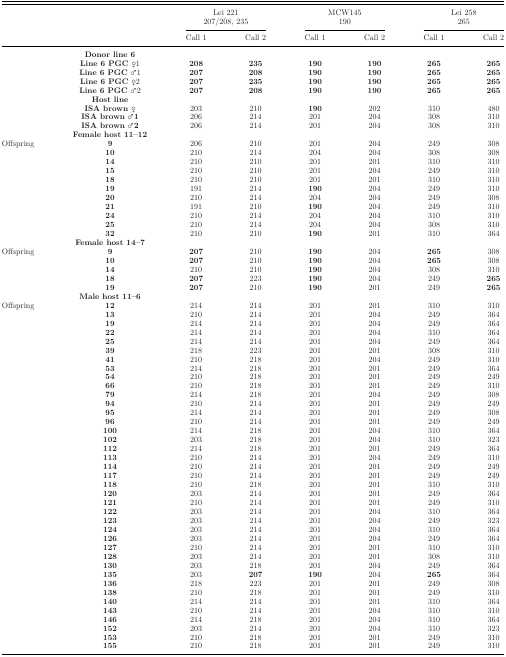
<table><thead><tr><td>[EMPTY_CELL]</td><td>[EMPTY_CELL]</td><td colspan="2"><b>Lei 221</b></td><td colspan="2"><b>MCW145</b></td><td colspan="2"><b>Lei 258</b></td></tr><tr><td>[EMPTY_CELL]</td><td>[EMPTY_CELL]</td><td colspan="2"><b>207/208, 235</b></td><td colspan="2"><b>190</b></td><td colspan="2"><b>265</b></td></tr><tr><td>[EMPTY_CELL]</td><td>[EMPTY_CELL]</td><td><b>Call 1</b></td><td><b>Call 2</b></td><td><b>Call 1</b></td><td><b>Call 2</b></td><td><b>Call 1</b></td><td><b>Call 2</b></td></tr></thead><tbody><tr><td>[EMPTY_CELL]</td><td><b>Donor line 6</b></td><td>[EMPTY_CELL]</td><td>[EMPTY_CELL]</td><td>[EMPTY_CELL]</td><td>[EMPTY_CELL]</td><td>[EMPTY_CELL]</td><td>[EMPTY_CELL]</td></tr><tr><td>[EMPTY_CELL]</td><td><b>Line 6 PGC ♀</b>1</td><td><b>208</b></td><td><b>235</b></td><td><b>190</b></td><td><b>190</b></td><td><b>265</b></td><td><b>265</b></td></tr><tr><td>[EMPTY_CELL]</td><td><b>Line 6 PGC</b> ♂1</td><td><b>207</b></td><td><b>208</b></td><td><b>190</b></td><td><b>190</b></td><td><b>265</b></td><td><b>265</b></td></tr><tr><td>[EMPTY_CELL]</td><td><b>Line 6 PGC ♀</b>2</td><td><b>207</b></td><td><b>235</b></td><td><b>190</b></td><td><b>190</b></td><td><b>265</b></td><td><b>265</b></td></tr><tr><td>[EMPTY_CELL]</td><td><b>Line 6 PGC</b> ♂2</td><td><b>207</b></td><td><b>208</b></td><td><b>190</b></td><td><b>190</b></td><td><b>265</b></td><td><b>265</b></td></tr><tr><td>[EMPTY_CELL]</td><td><b>Host line</b></td><td>[EMPTY_CELL]</td><td>[EMPTY_CELL]</td><td>[EMPTY_CELL]</td><td>[EMPTY_CELL]</td><td>[EMPTY_CELL]</td><td>[EMPTY_CELL]</td></tr><tr><td>[EMPTY_CELL]</td><td><b>ISA brown ♀</b></td><td>203</td><td>210</td><td><b>190</b></td><td>202</td><td>310</td><td>480</td></tr><tr><td>[EMPTY_CELL]</td><td><b>ISA brown</b> ♂<b>1</b></td><td>206</td><td>214</td><td>201</td><td>204</td><td>308</td><td>310</td></tr><tr><td>[EMPTY_CELL]</td><td><b>ISA brown</b> ♂<b>2</b></td><td>206</td><td>214</td><td>201</td><td>204</td><td>308</td><td>310</td></tr><tr><td>[EMPTY_CELL]</td><td><b>Female host 11–12</b></td><td>[EMPTY_CELL]</td><td>[EMPTY_CELL]</td><td>[EMPTY_CELL]</td><td>[EMPTY_CELL]</td><td>[EMPTY_CELL]</td><td>[EMPTY_CELL]</td></tr><tr><td>Offspring</td><td><b>9</b></td><td>206</td><td>210</td><td>201</td><td>204</td><td>249</td><td>308</td></tr><tr><td>[EMPTY_CELL]</td><td><b>10</b></td><td>210</td><td>214</td><td>204</td><td>204</td><td>308</td><td>308</td></tr><tr><td>[EMPTY_CELL]</td><td><b>14</b></td><td>210</td><td>210</td><td>201</td><td>201</td><td>310</td><td>310</td></tr><tr><td>[EMPTY_CELL]</td><td><b>15</b></td><td>210</td><td>210</td><td>201</td><td>204</td><td>249</td><td>310</td></tr><tr><td>[EMPTY_CELL]</td><td><b>18</b></td><td>210</td><td>210</td><td>201</td><td>201</td><td>310</td><td>310</td></tr><tr><td>[EMPTY_CELL]</td><td><b>19</b></td><td>191</td><td>214</td><td><b>190</b></td><td>204</td><td>249</td><td>310</td></tr><tr><td>[EMPTY_CELL]</td><td><b>20</b></td><td>210</td><td>214</td><td>204</td><td>204</td><td>249</td><td>308</td></tr><tr><td>[EMPTY_CELL]</td><td><b>21</b></td><td>191</td><td>210</td><td><b>190</b></td><td>204</td><td>249</td><td>310</td></tr><tr><td>[EMPTY_CELL]</td><td><b>24</b></td><td>210</td><td>214</td><td>204</td><td>204</td><td>310</td><td>310</td></tr><tr><td>[EMPTY_CELL]</td><td><b>25</b></td><td>210</td><td>214</td><td>204</td><td>204</td><td>308</td><td>310</td></tr><tr><td>[EMPTY_CELL]</td><td><b>32</b></td><td>210</td><td>210</td><td><b>190</b></td><td>201</td><td>310</td><td>364</td></tr><tr><td>[EMPTY_CELL]</td><td><b>Female host 14–7</b></td><td>[EMPTY_CELL]</td><td>[EMPTY_CELL]</td><td>[EMPTY_CELL]</td><td>[EMPTY_CELL]</td><td>[EMPTY_CELL]</td><td>[EMPTY_CELL]</td></tr><tr><td>Offspring</td><td><b>9</b></td><td><b>207</b></td><td>210</td><td><b>190</b></td><td>204</td><td><b>265</b></td><td>308</td></tr><tr><td>[EMPTY_CELL]</td><td><b>10</b></td><td><b>207</b></td><td>210</td><td><b>190</b></td><td>204</td><td><b>265</b></td><td>308</td></tr><tr><td>[EMPTY_CELL]</td><td><b>14</b></td><td>210</td><td>210</td><td><b>190</b></td><td>204</td><td>308</td><td>310</td></tr><tr><td>[EMPTY_CELL]</td><td><b>18</b></td><td><b>207</b></td><td>223</td><td><b>190</b></td><td>204</td><td>249</td><td><b>265</b></td></tr><tr><td>[EMPTY_CELL]</td><td><b>19</b></td><td><b>207</b></td><td>210</td><td><b>190</b></td><td>201</td><td>249</td><td><b>265</b></td></tr><tr><td>[EMPTY_CELL]</td><td><b>Male host 11–6</b></td><td>[EMPTY_CELL]</td><td>[EMPTY_CELL]</td><td>[EMPTY_CELL]</td><td>[EMPTY_CELL]</td><td>[EMPTY_CELL]</td><td>[EMPTY_CELL]</td></tr><tr><td>Offspring</td><td><b>12</b></td><td>214</td><td>214</td><td>201</td><td>201</td><td>310</td><td>310</td></tr><tr><td>[EMPTY_CELL]</td><td><b>13</b></td><td>210</td><td>214</td><td>201</td><td>204</td><td>249</td><td>364</td></tr><tr><td>[EMPTY_CELL]</td><td><b>19</b></td><td>214</td><td>214</td><td>201</td><td>204</td><td>249</td><td>364</td></tr><tr><td>[EMPTY_CELL]</td><td><b>22</b></td><td>214</td><td>214</td><td>201</td><td>204</td><td>310</td><td>364</td></tr><tr><td>[EMPTY_CELL]</td><td><b>25</b></td><td>214</td><td>214</td><td>201</td><td>204</td><td>249</td><td>364</td></tr><tr><td>[EMPTY_CELL]</td><td><b>39</b></td><td>218</td><td>223</td><td>201</td><td>201</td><td>308</td><td>310</td></tr><tr><td>[EMPTY_CELL]</td><td><b>41</b></td><td>210</td><td>218</td><td>201</td><td>204</td><td>249</td><td>310</td></tr><tr><td>[EMPTY_CELL]</td><td><b>53</b></td><td>214</td><td>218</td><td>201</td><td>201</td><td>249</td><td>364</td></tr><tr><td>[EMPTY_CELL]</td><td><b>54</b></td><td>210</td><td>218</td><td>201</td><td>201</td><td>249</td><td>249</td></tr><tr><td>[EMPTY_CELL]</td><td><b>66</b></td><td>210</td><td>218</td><td>201</td><td>201</td><td>249</td><td>310</td></tr><tr><td>[EMPTY_CELL]</td><td><b>79</b></td><td>214</td><td>218</td><td>201</td><td>204</td><td>249</td><td>308</td></tr><tr><td>[EMPTY_CELL]</td><td><b>94</b></td><td>210</td><td>214</td><td>201</td><td>201</td><td>249</td><td>249</td></tr><tr><td>[EMPTY_CELL]</td><td><b>95</b></td><td>214</td><td>214</td><td>201</td><td>201</td><td>249</td><td>308</td></tr><tr><td>[EMPTY_CELL]</td><td><b>96</b></td><td>210</td><td>214</td><td>201</td><td>201</td><td>249</td><td>249</td></tr><tr><td>[EMPTY_CELL]</td><td><b>100</b></td><td>214</td><td>218</td><td>201</td><td>204</td><td>310</td><td>364</td></tr><tr><td>[EMPTY_CELL]</td><td><b>102</b></td><td>203</td><td>218</td><td>201</td><td>204</td><td>310</td><td>323</td></tr><tr><td>[EMPTY_CELL]</td><td><b>112</b></td><td>214</td><td>218</td><td>201</td><td>201</td><td>249</td><td>364</td></tr><tr><td>[EMPTY_CELL]</td><td><b>113</b></td><td>210</td><td>214</td><td>201</td><td>204</td><td>249</td><td>310</td></tr><tr><td>[EMPTY_CELL]</td><td><b>114</b></td><td>210</td><td>214</td><td>201</td><td>201</td><td>249</td><td>249</td></tr><tr><td>[EMPTY_CELL]</td><td><b>117</b></td><td>210</td><td>214</td><td>201</td><td>201</td><td>249</td><td>249</td></tr><tr><td>[EMPTY_CELL]</td><td><b>118</b></td><td>210</td><td>218</td><td>201</td><td>201</td><td>310</td><td>310</td></tr><tr><td>[EMPTY_CELL]</td><td><b>120</b></td><td>203</td><td>214</td><td>201</td><td>201</td><td>249</td><td>364</td></tr><tr><td>[EMPTY_CELL]</td><td><b>121</b></td><td>210</td><td>214</td><td>201</td><td>201</td><td>249</td><td>310</td></tr><tr><td>[EMPTY_CELL]</td><td><b>122</b></td><td>203</td><td>214</td><td>201</td><td>204</td><td>310</td><td>364</td></tr><tr><td>[EMPTY_CELL]</td><td><b>123</b></td><td>203</td><td>214</td><td>201</td><td>204</td><td>249</td><td>323</td></tr><tr><td>[EMPTY_CELL]</td><td><b>124</b></td><td>203</td><td>214</td><td>201</td><td>204</td><td>310</td><td>364</td></tr><tr><td>[EMPTY_CELL]</td><td><b>126</b></td><td>203</td><td>214</td><td>201</td><td>204</td><td>249</td><td>364</td></tr><tr><td>[EMPTY_CELL]</td><td><b>127</b></td><td>210</td><td>214</td><td>201</td><td>201</td><td>310</td><td>310</td></tr><tr><td>[EMPTY_CELL]</td><td><b>128</b></td><td>203</td><td>214</td><td>201</td><td>201</td><td>308</td><td>310</td></tr><tr><td>[EMPTY_CELL]</td><td><b>130</b></td><td>203</td><td>218</td><td>201</td><td>204</td><td>249</td><td>364</td></tr><tr><td>[EMPTY_CELL]</td><td><b>135</b></td><td>203</td><td><b>207</b></td><td><b>190</b></td><td>204</td><td><b>265</b></td><td>364</td></tr><tr><td>[EMPTY_CELL]</td><td><b>136</b></td><td>218</td><td>223</td><td>201</td><td>201</td><td>249</td><td>308</td></tr><tr><td>[EMPTY_CELL]</td><td><b>138</b></td><td>210</td><td>218</td><td>201</td><td>201</td><td>249</td><td>310</td></tr><tr><td>[EMPTY_CELL]</td><td><b>140</b></td><td>214</td><td>214</td><td>201</td><td>201</td><td>310</td><td>364</td></tr><tr><td>[EMPTY_CELL]</td><td><b>143</b></td><td>210</td><td>214</td><td>201</td><td>204</td><td>310</td><td>310</td></tr><tr><td>[EMPTY_CELL]</td><td><b>146</b></td><td>214</td><td>218</td><td>201</td><td>204</td><td>310</td><td>364</td></tr><tr><td>[EMPTY_CELL]</td><td><b>152</b></td><td>203</td><td>214</td><td>201</td><td>204</td><td>310</td><td>323</td></tr><tr><td>[EMPTY_CELL]</td><td><b>153</b></td><td>210</td><td>218</td><td>201</td><td>201</td><td>249</td><td>310</td></tr><tr><td>[EMPTY_CELL]</td><td><b>155</b></td><td>210</td><td>218</td><td>201</td><td>201</td><td>249</td><td>310</td></tr></tbody></table>